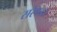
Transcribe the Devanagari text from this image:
सरेण्डर